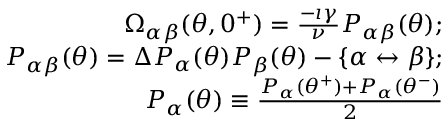
\begin{array} { r l r } & { } & { \Omega _ { \alpha \beta } ( \theta , 0 ^ { + } ) = \frac { - \imath \gamma } { \nu } P _ { \alpha \beta } ( \theta ) ; } \\ & { } & { P _ { \alpha \beta } ( \theta ) = \Delta P _ { \alpha } ( \theta ) P _ { \beta } ( \theta ) - \{ \alpha \leftrightarrow \beta \} ; } \\ & { } & { P _ { \alpha } ( \theta ) \equiv \frac { P _ { \alpha } ( \theta ^ { + } ) + P _ { \alpha } ( \theta ^ { - } ) } { 2 } } \end{array}